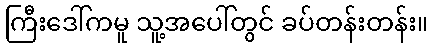
ကြီးဒေါ်ကမူ သူ့အပေါ်တွင် ခပ်တန်းတန်း။